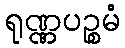
ရုဏ္ဏပဉ္စမံ